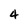
Character: 4